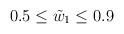
LaTeX: \begin{align*}0.5 \le \tilde{w}_1 \le 0.9 \end{align*}